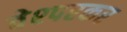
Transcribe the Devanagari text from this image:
वेश्परकर